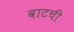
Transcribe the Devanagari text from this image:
वाटची